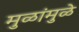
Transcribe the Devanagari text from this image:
मुळांमुळे